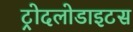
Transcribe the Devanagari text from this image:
ट्रोदलोडाइटस